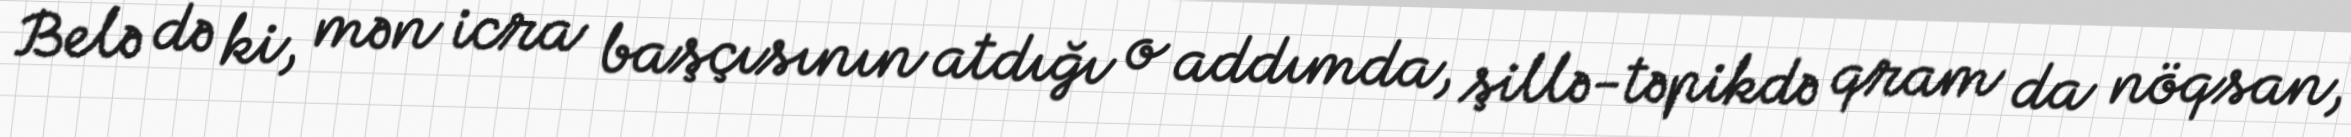
Belə də ki, mən icra başçısının atdığı o addımda, şillə-təpikdə qram da nöqsan,